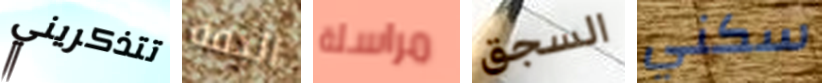
تتذكريني الدقة مراسلة السجق سكني